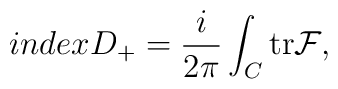
index D_{+} = \frac{i}{2\pi} \int_{ C}{{\rm tr} {\cal{F}}},